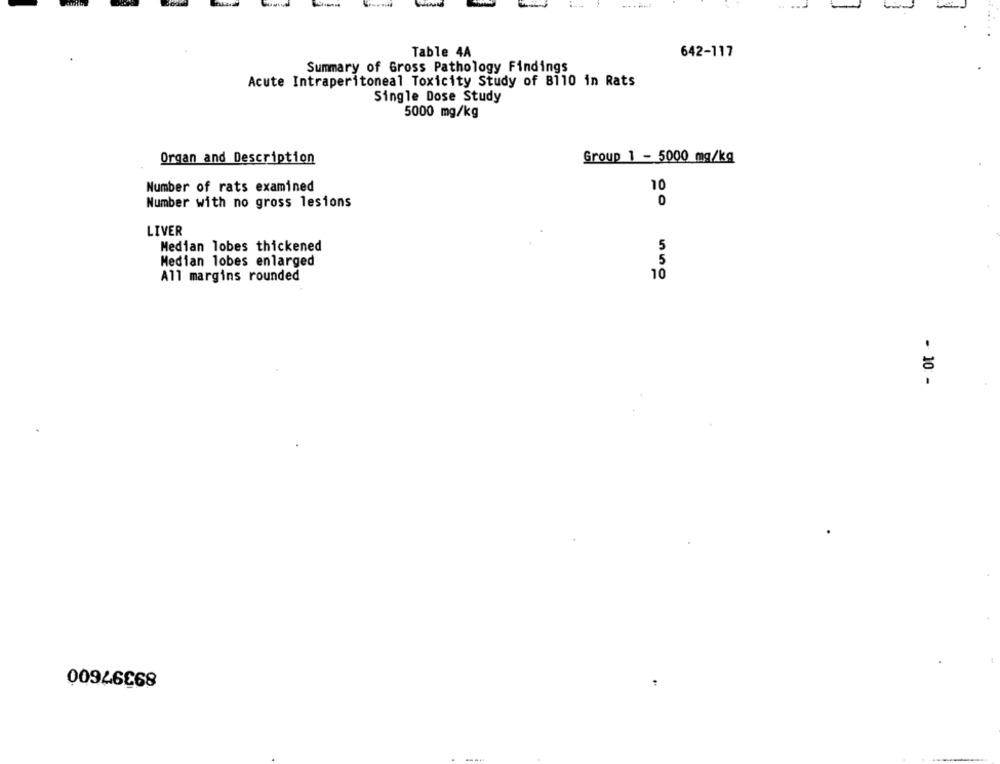
Table 4A
642-117
Summary of Gross Pathology Findings
Acute Intraperitoneal Toxicity Study of B110 in Rats
Single Dose Study
5000 mg/kg
Organ and Description
Group 1 - 5000 mg/kg
Number of rats examined
10
Number with no gross lesions
0
LIVER
Median lobes thickened
5
5
Median lobes enlarged
10
All margins rounded
- 10 -
89397600